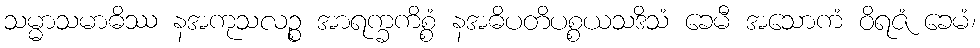
သမ္မာသမာဓိဿ နအကုသလဉ္စ အာရက္ခကိစ္စံ နအဓိပတိပစ္စယသဒိသံ ခေမီ အသောကံ ဝိရဇံ ခေမံ၊